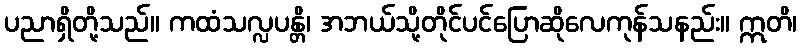
ပညာရှိတို့သည်။ ကထံသလ္လပန္တိ၊ အဘယ်သို့တိုင်ပင်ပြောဆိုလေကုန်သနည်း။ ဣတိ၊